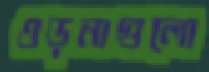
ওড়নাগুলো